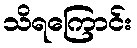
သိရကြောင်း